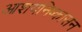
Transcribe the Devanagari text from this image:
आशयनिष्कासन